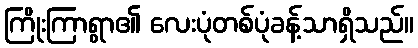
ကြိုးကြာရွာ၏ လေးပုံတစ်ပုံခန့်သာရှိသည်။